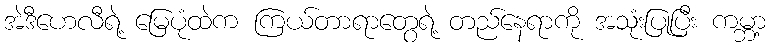
အဲဒီဟေလီရဲ့ မြေပုံထဲက ကြယ်တာရာတွေရဲ့ တည်နေရာကို အသုံးပြုပြီး ကမ္ဘာ့